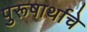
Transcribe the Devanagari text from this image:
पुरूषार्थाचे